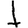
Digit: 1